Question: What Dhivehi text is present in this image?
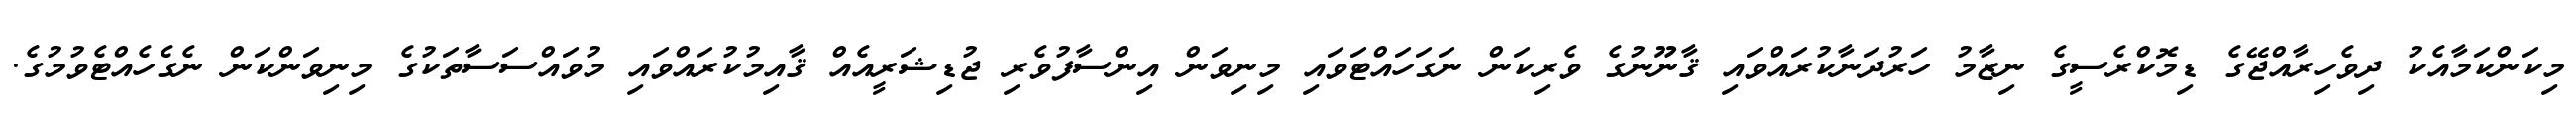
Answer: މިކަންކަމާއެކު ދިވެހިރާއްޖޭގެ ޑިމޮކްރެސީގެ ނިޒާމު ހަރުދަނާކުރައްވައި ޤާނޫނުގެ ވެރިކަން ނަގަހައްޓަވައި މިނިވަން އިންސާފުވެރި ޖުޑިޝަރީއެއް ޤާއިމުކުރައްވައި މުވައްސަސާތަކުގެ މިނިވަންކަން ނެގެހެއްޓެވުމުގެ.